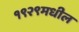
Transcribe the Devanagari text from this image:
१९२९मधील